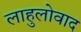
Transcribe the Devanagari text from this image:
लाहुलोवाद